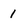
Character: 1